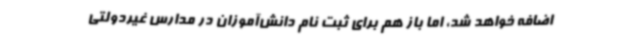
اضافه خواهد شد، اما باز هم برای ثبت نام دانش‌آموزان در مدارس غیردولتی